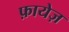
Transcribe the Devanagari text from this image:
फ़ायेज़